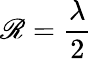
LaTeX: \mathscr{R}={\frac{{\lambda}}{{2}}}